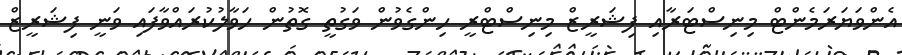
އެންވަޔަރަމެންޓް މިނިސްޓަރާއި ފިޝަރީޒް މިނިސްޓްރީ ހިންގެވުން ވަގުތީ ގޮތުން ހަވާލުކުރައްވާފައި ވަނީ ފިޝަރީޒް